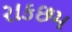
રાકછમ